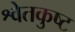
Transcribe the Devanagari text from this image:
श्वेतकुष्ट